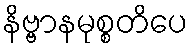
နိဗ္ဗာနမုစ္စတိပေ